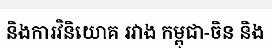
និងការវិនិយោគ រវាង កម្ពុជា-ចិន និង